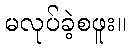
မလုပ်ခဲ့စဖူး။